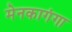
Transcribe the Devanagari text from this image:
मेनकागंगा